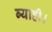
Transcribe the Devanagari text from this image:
ब्याही।